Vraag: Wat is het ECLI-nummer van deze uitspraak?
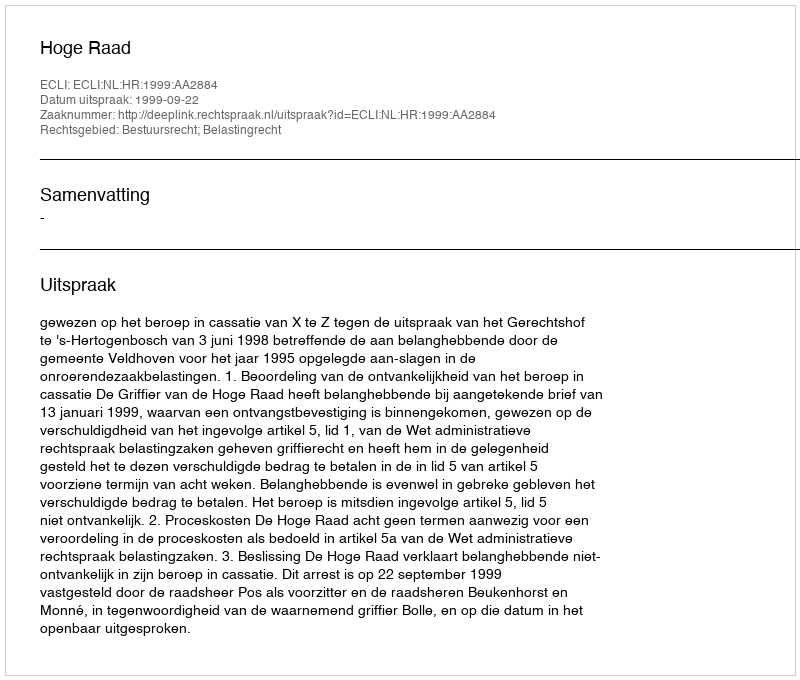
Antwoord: ECLI:NL:HR:1999:AA2884